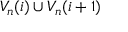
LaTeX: V _ { n } ( i ) \cup V _ { n } ( i + 1 )